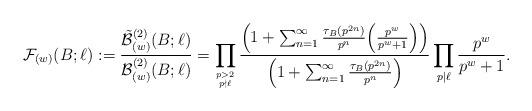
LaTeX: \begin{align*}\mathcal{F}_{(w)}(B;\ell) := \frac{\tilde{\mathcal{B}}_{(w)}^{(2)}(B;\ell)}{\mathcal{B}_{(w)}^{(2)}(B;\ell)} = \prod_{p > 2 \atop p \nmid \ell} \frac{\Big( 1+ \sum_{n=1}^\infty \frac{\tau_B(p^{2n})}{p^n} \Big(\frac{p^w}{p^w+1}\Big) \Big)}{\Big( 1+ \sum_{n=1}^\infty \frac{\tau_B(p^{2n})}{p^n} \Big)} \prod_{p | \ell} \frac{p^w}{p^w+1}.\end{align*}